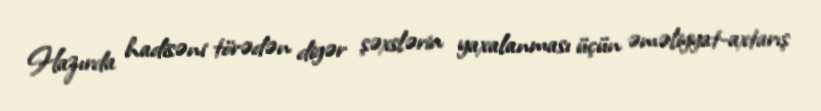
Hazırda hadisəni törədən digər şəxslərin yaxalanması üçün əməliyyat-axtarış